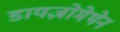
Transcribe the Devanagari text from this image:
डायज़ोमेथेन